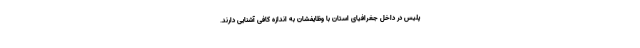
پلیس در داخل جغرافیای استان با وظایفشان به اندازه کافی آشنایی دارند.